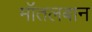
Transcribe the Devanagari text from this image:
मॉंतलबान